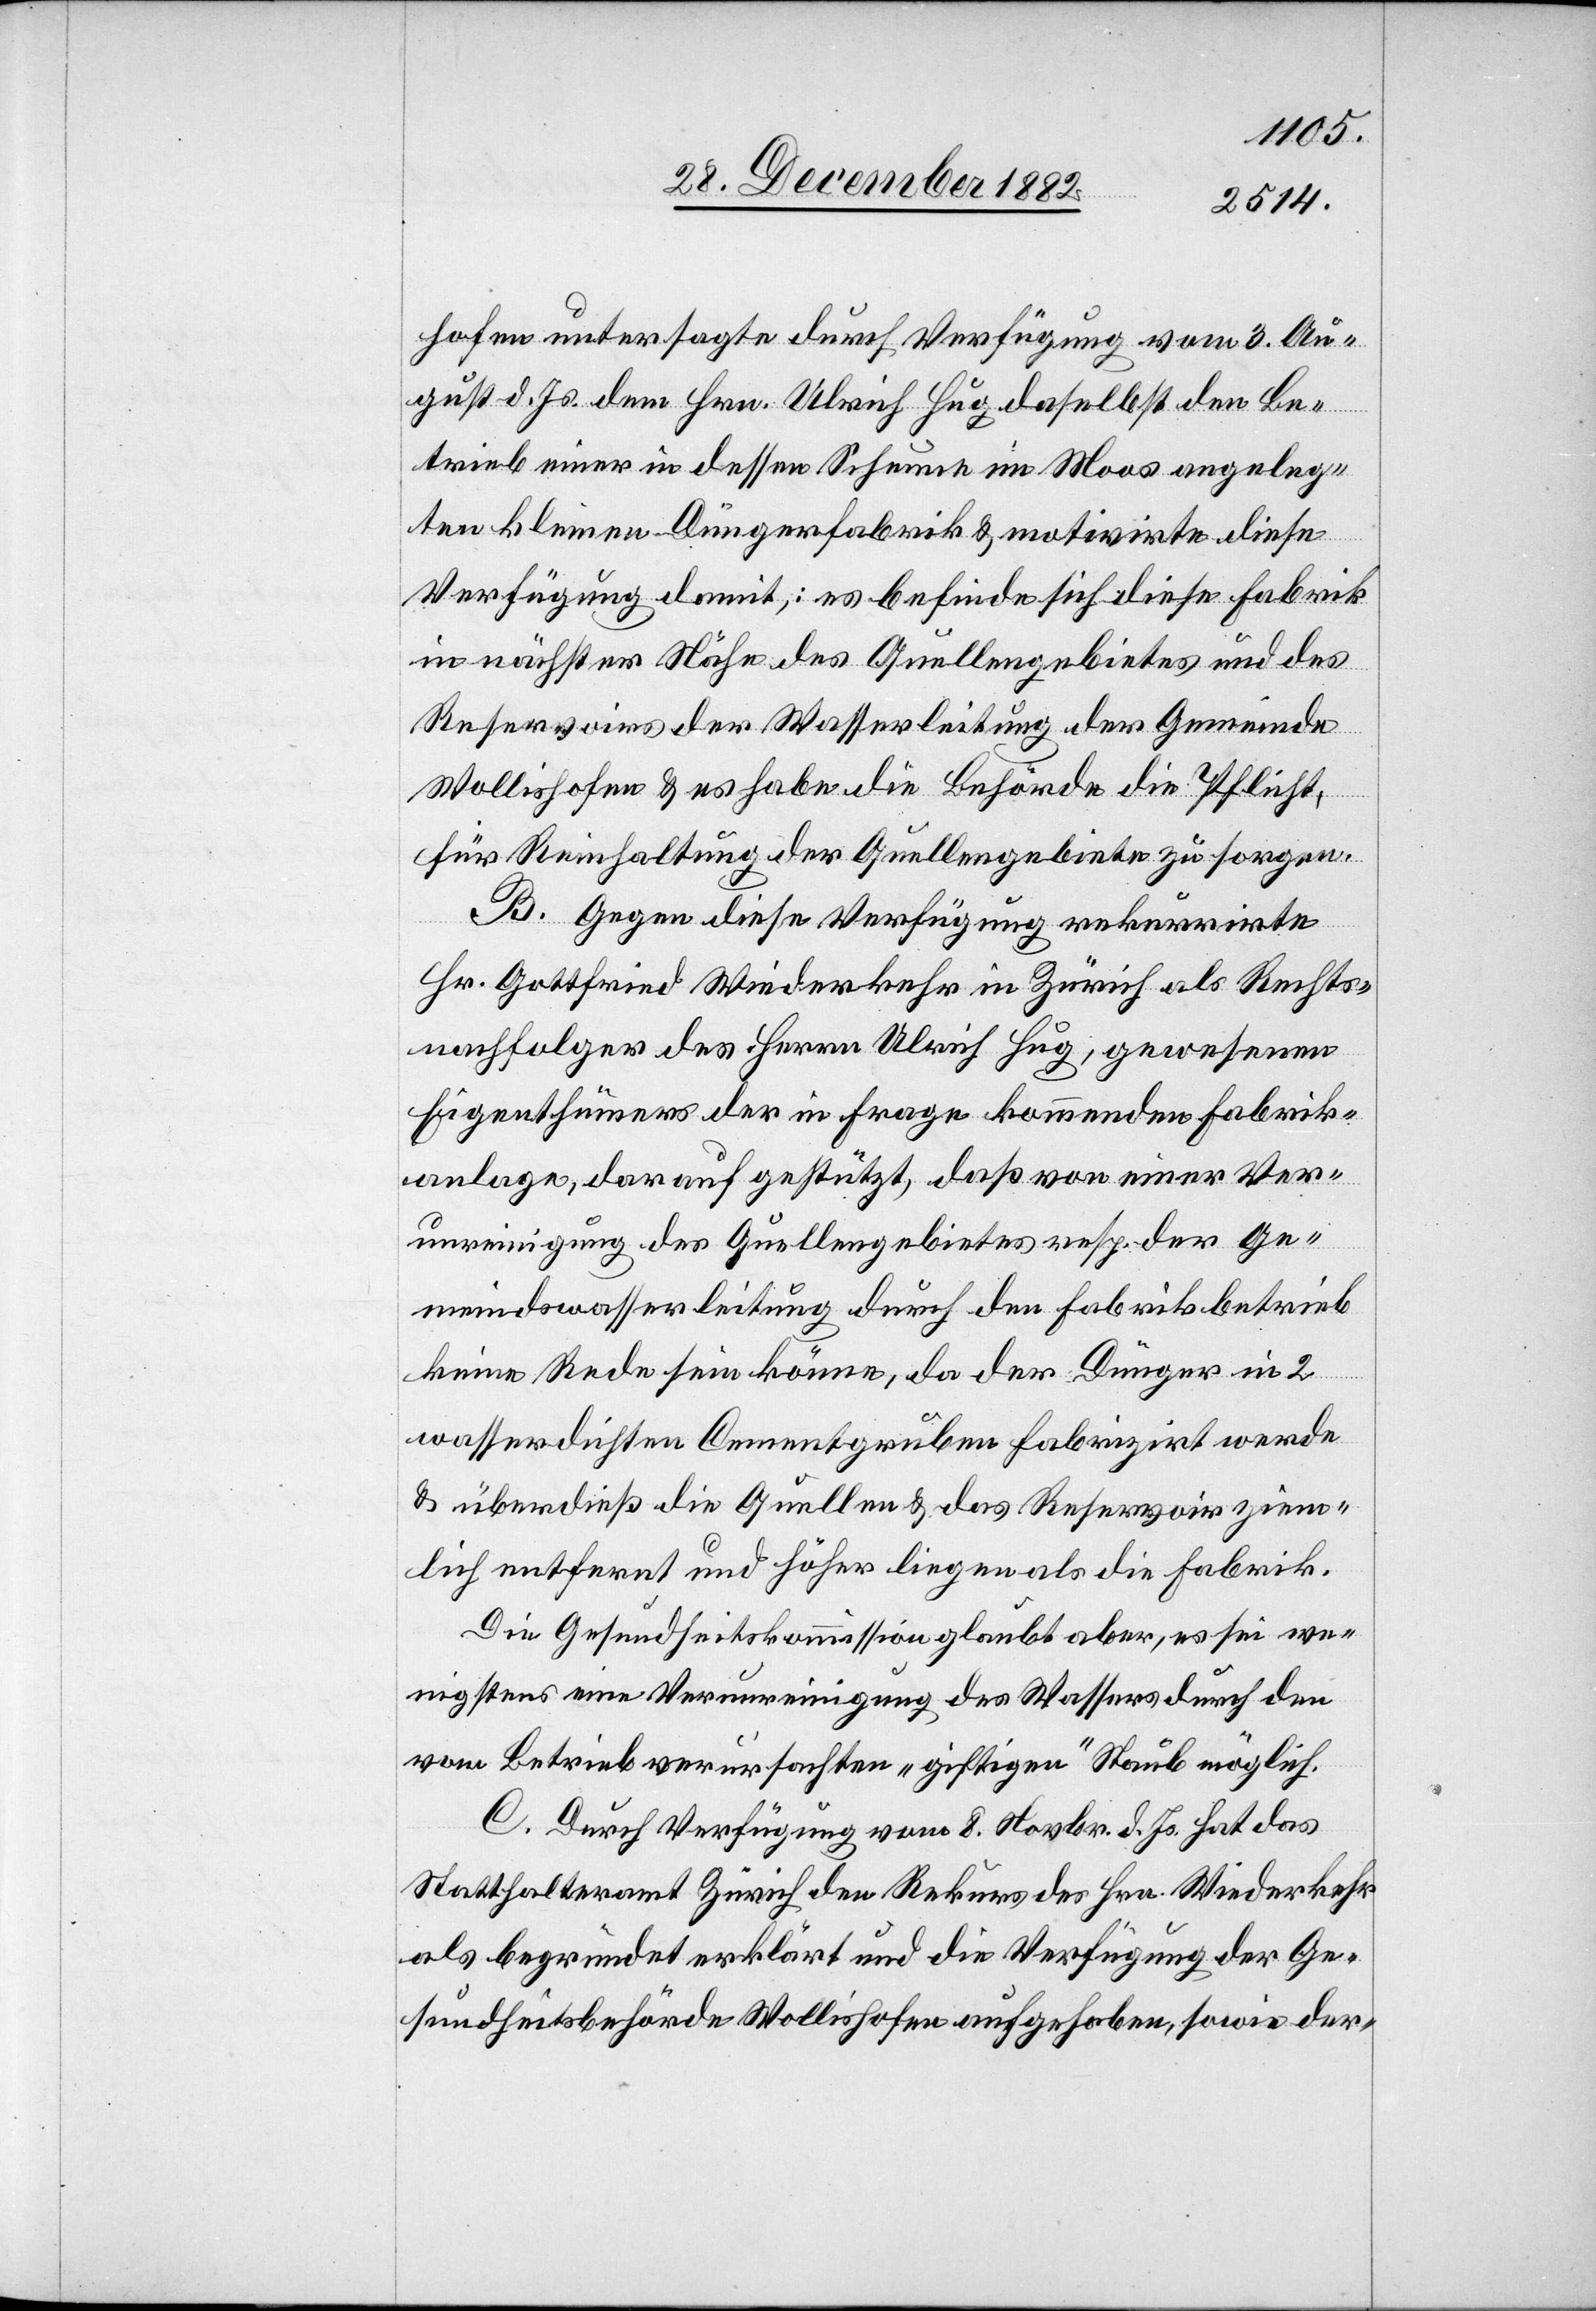
hofen untersagte durch Verfügung vom 3. Au¬
gust d. Js. dem Hrn. Ulrich Hug daselbst den Be¬
trieb einer in dessen Scheune im Moos angeleg¬
ten kleinen Düngerfabrik & motivirte diese
Verfügung damit,: [sic!] es befinde sich diese Fabrik
in nächster Nähe des Quellengebietes und des
Reservoirs der Wasserleitung der Gemeinde
Wollishofen & es habe die Behörde die Pflicht,
für Reinhaltung der Quellengebiete zu sorgen.
B. Gegen diese Verfügung rekurrirte
Hr. Gottfried Wiederkehr in Zürich als Rechts¬
nachfolger des Herrn Ulrich Hug, gewesenen
Eigenthümer der in Frage kommenden Fabrik¬
anlage, darauf gestützt, daß von einer Ver¬
unreinigung des Quellengebietes resp. der Ge¬
meindswasserleitung durch den Fabrikbetrieb
keine Rede sein könne, da der Dünger in 2
wasserdichten Cementgruben fabrizirt werde
& überdieß die Quellen & das Reservoir ziem¬
lich entfernt und höher liegen als die Fabrik.
Die Gesundheitskommission glaubt aber, es sei we¬
nigstens eine Verunreinigung des Wassers durch den
vom Betrieb verursachten „giftigen“ Staub möglich.
C. Durch Verfügung vom 8. Novbr. d. Js. hat das
Statthalteramt Zürich den Rekurs des Hrn. Wiederkehr
als begründet erklärt und die Verfügung der Ge¬
sundheitsbehörde Wollishofen aufgehoben, sowie der-